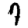
Digit: 7